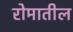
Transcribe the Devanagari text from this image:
रोमातील